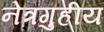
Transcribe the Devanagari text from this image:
नेत्रगुहीय